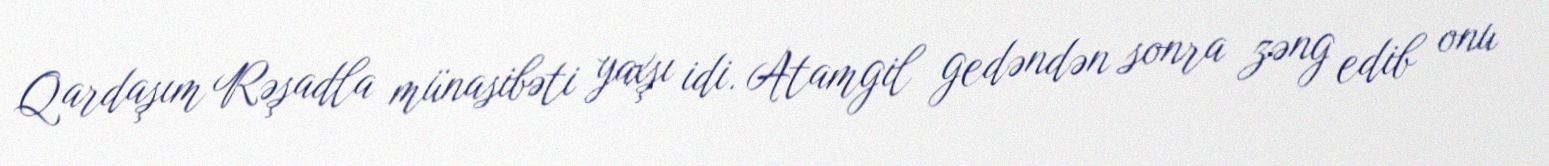
Qardaşım Rəşadla münasibəti yaxşı idi. Atamgil gedəndən sonra zəng edib onu